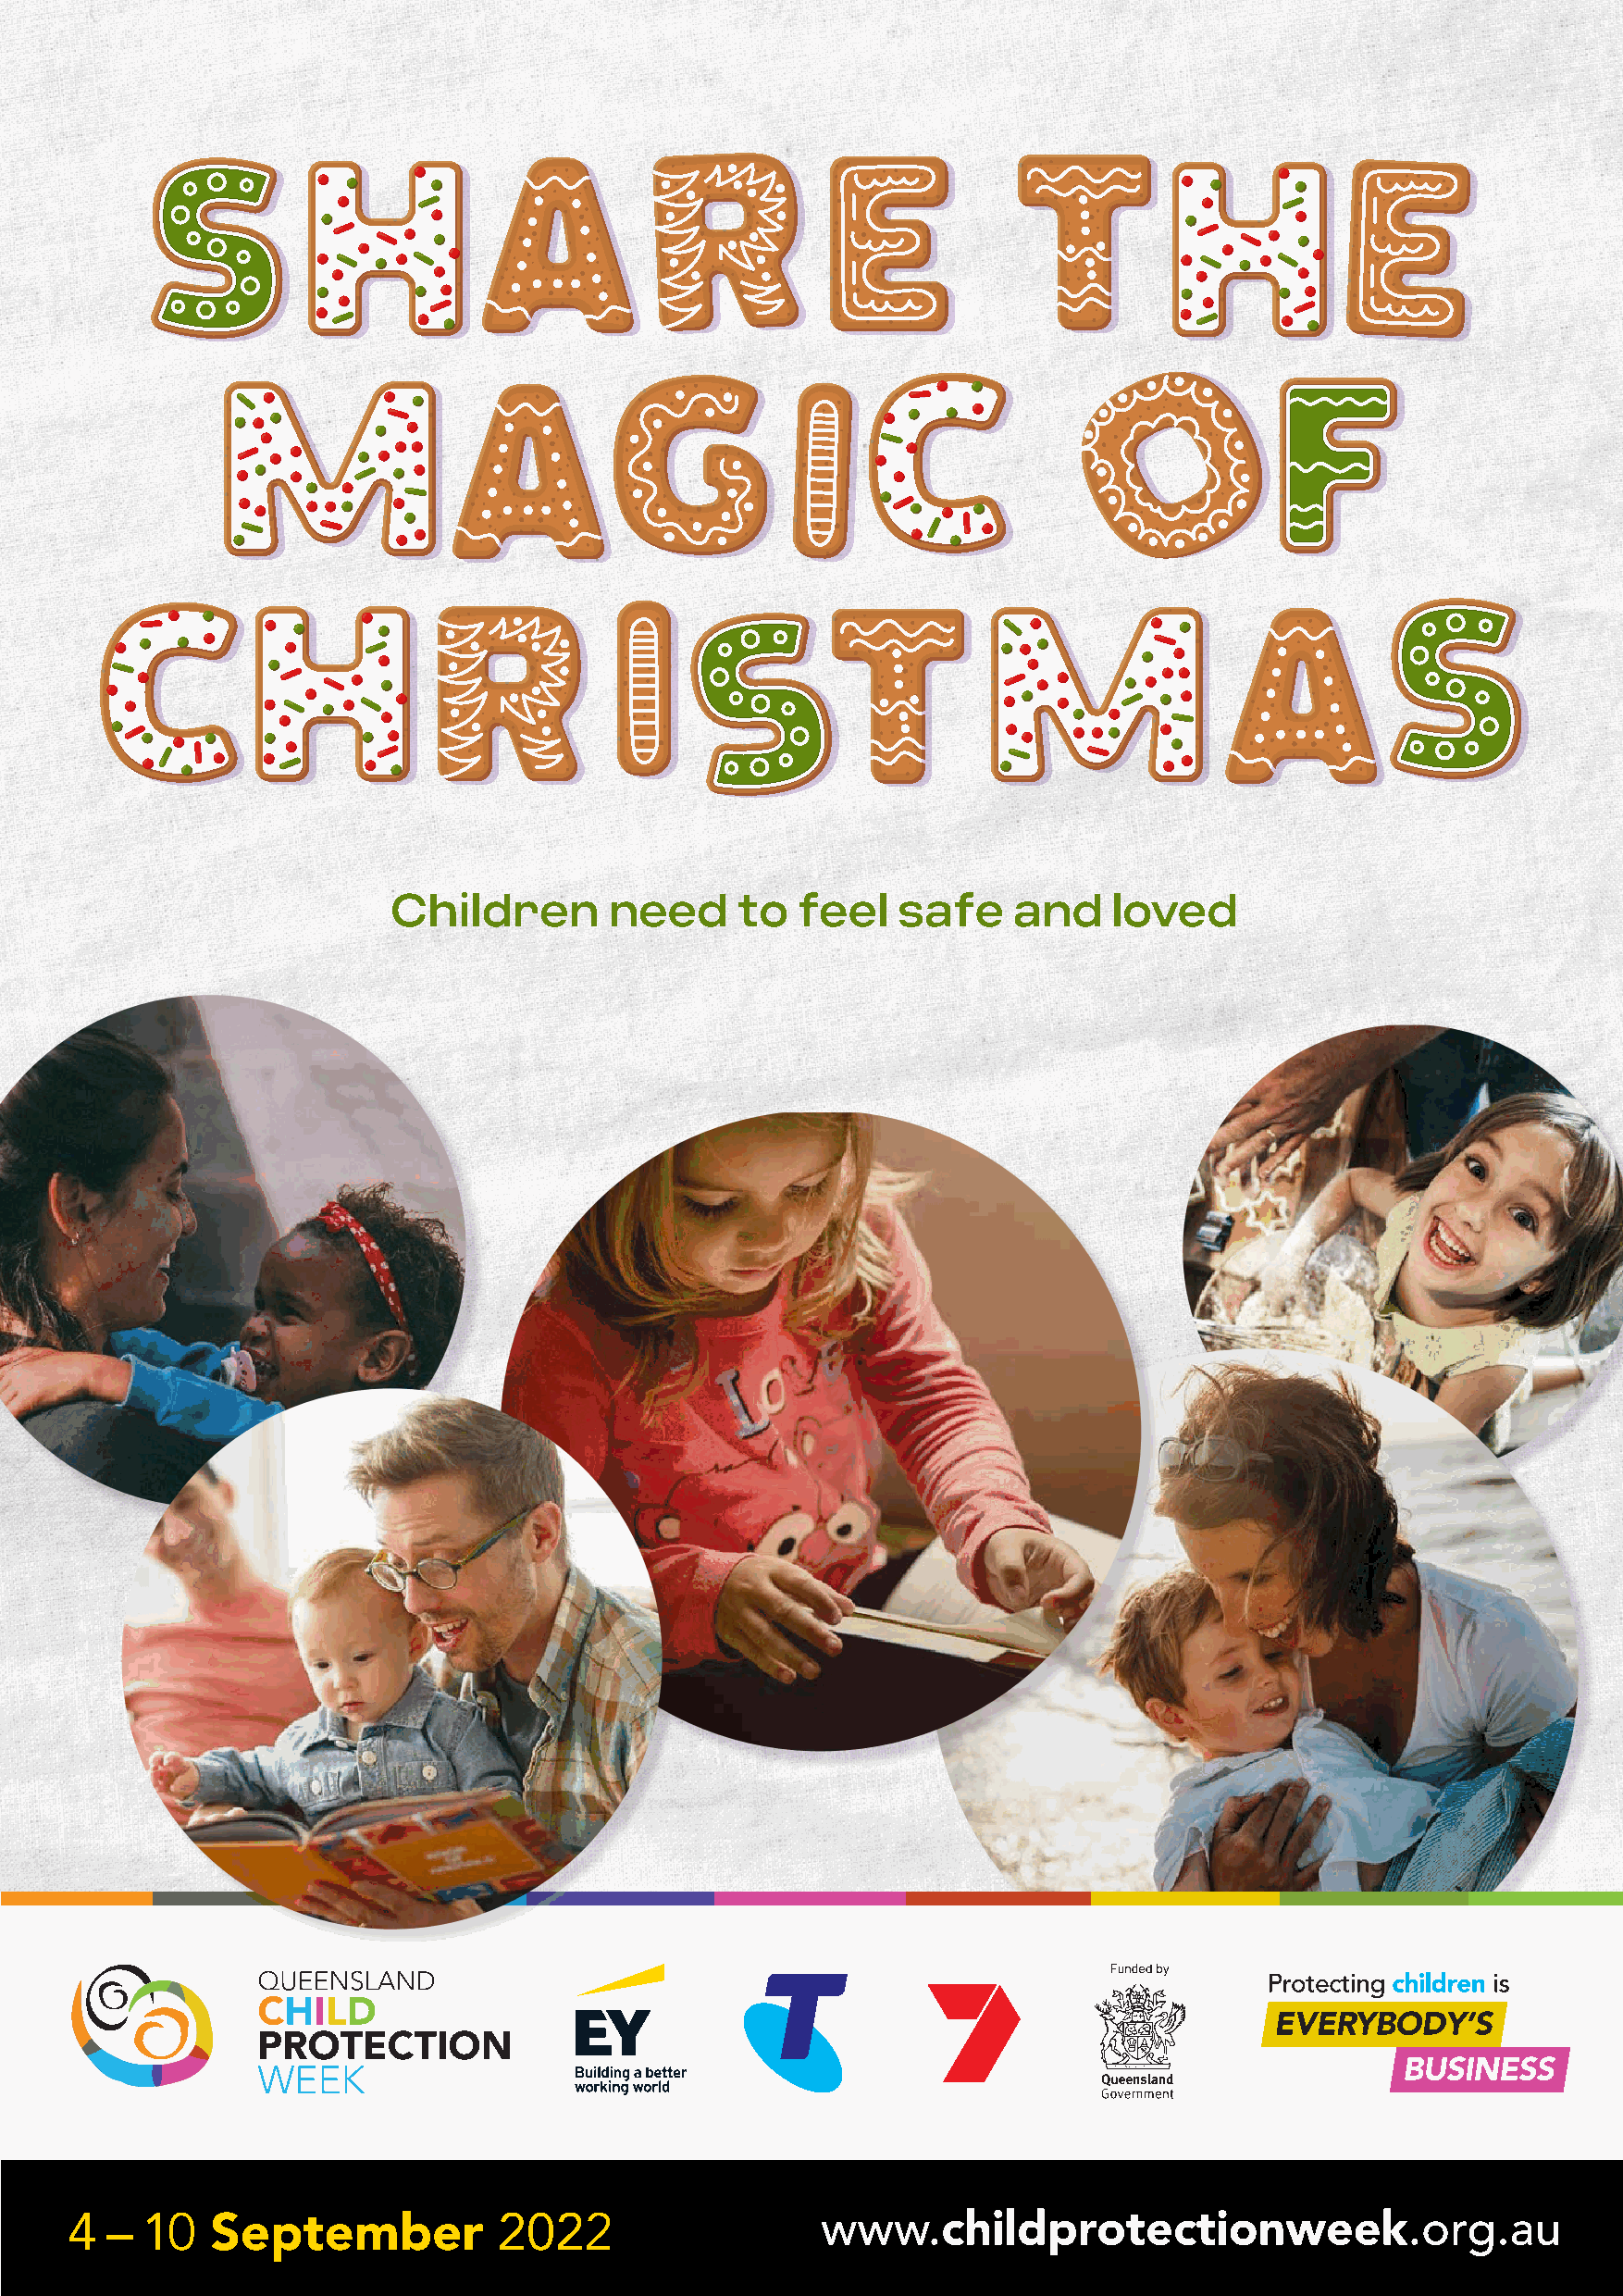
Children        need     to  feel   safe    and     loved
 4  – 10   September            2022                   www.childprotectionweek.org.au